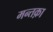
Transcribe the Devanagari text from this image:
मन्तक़ा